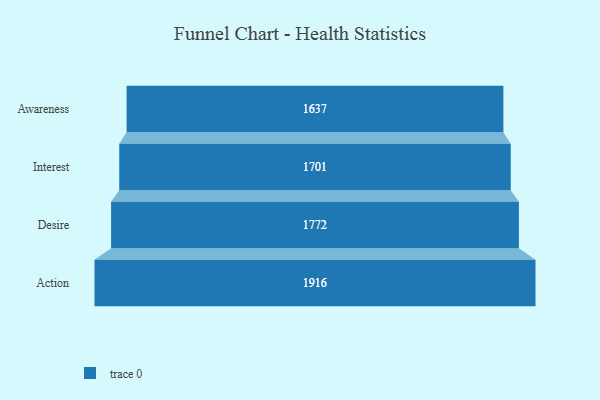
{"axis": {"x": "Stage", "y": "Value"}, "legend": [""], "data": [{"x": "Awareness", "y": 1637.0, "type": ""}, {"x": "Interest", "y": 1701.0, "type": ""}, {"x": "Desire", "y": 1772.0, "type": ""}, {"x": "Action", "y": 1916.0, "type": ""}]}